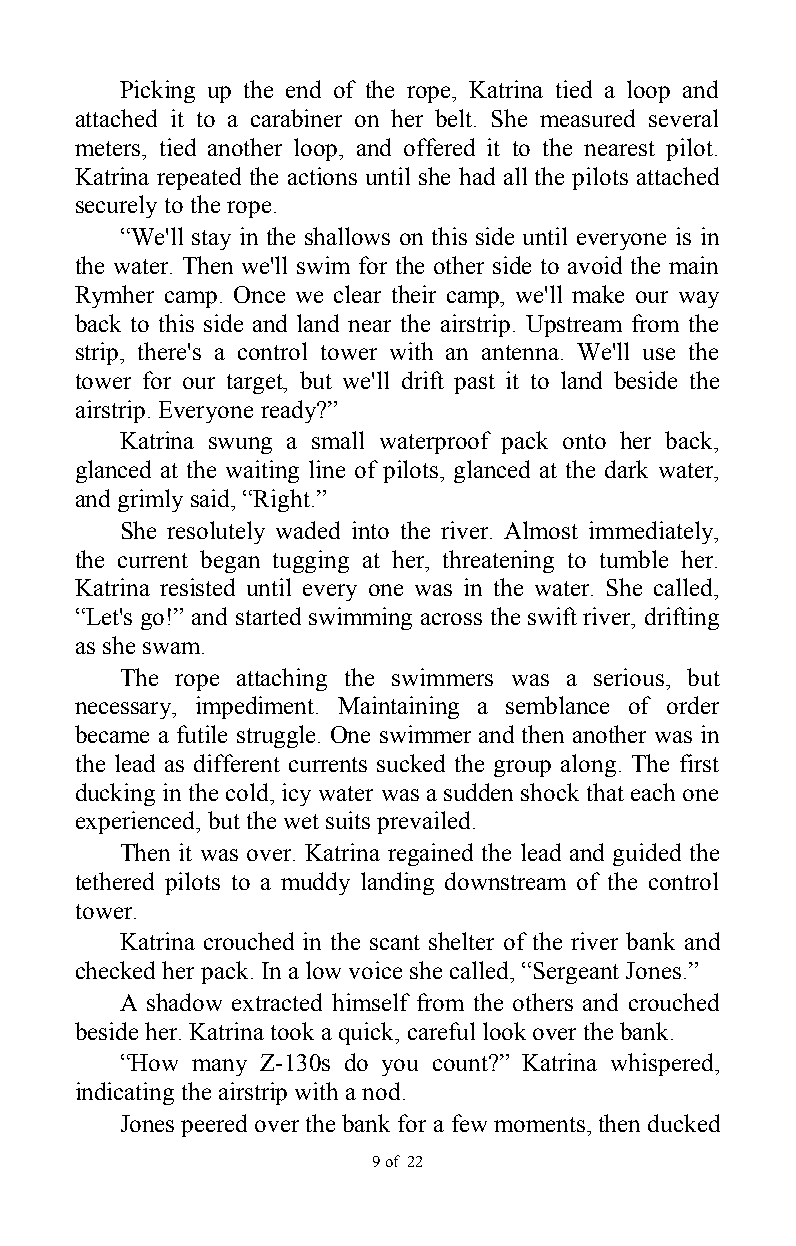
Picking up the end of the rope, Katrina tied a loop and
 attached it to a carabiner on her belt. She measured several
 meters, tied another loop, and offered it to the nearest pilot.
 Katrina repeated the actions until she had all the pilots attached
 securely to the rope.
 “We'll stay in the shallows on this side until everyone is in
 the water. Then we'll swim for the other side to avoid the main
 Rymher camp. Once we clear their camp, we'll make our way
 back to this side and land near the airstrip. Upstream from the
 strip, there's a control tower with an antenna. We'll use the
 tower for our target, but we'll drift past it to land beside the
 airstrip. Everyone ready?”
 Katrina swung a small waterproof pack onto her back,
 glanced at the waiting line of pilots, glanced at the dark water,
 and grimly said, “Right.”
 She resolutely waded into the river. Almost immediately,
 the current began tugging at her, threatening to tumble her.
 Katrina resisted until every one was in the water. She called,
 “Let's go!” and started swimming across the swift river, drifting
 as she swam.
 The rope attaching the swimmers was a serious, but
 necessary, impediment. Maintaining a semblance of order
 became a futile struggle. One swimmer and then another was in
 the lead as different currents sucked the group along. The first
 ducking in the cold, icy water was a sudden shock that each one
 experienced, but the wet suits prevailed.
 Then it was over. Katrina regained the lead and guided the
 tethered pilots to a muddy landing downstream of the control
 tower.
 Katrina crouched in the scant shelter of the river bank and
 checked her pack. In a low voice she called, “Sergeant Jones.”
 A shadow extracted himself from the others and crouched
 beside her. Katrina took a quick, careful look over the bank.
 “How many Z-130s do you count?” Katrina whispered,
 indicating the airstrip with a nod.
 Jones peered over the bank for a few moments, then ducked
 9 of 22